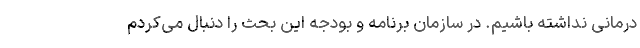
درمانی نداشته باشیم. در سازمان برنامه و بودجه این بحث را دنبال می‌کردم